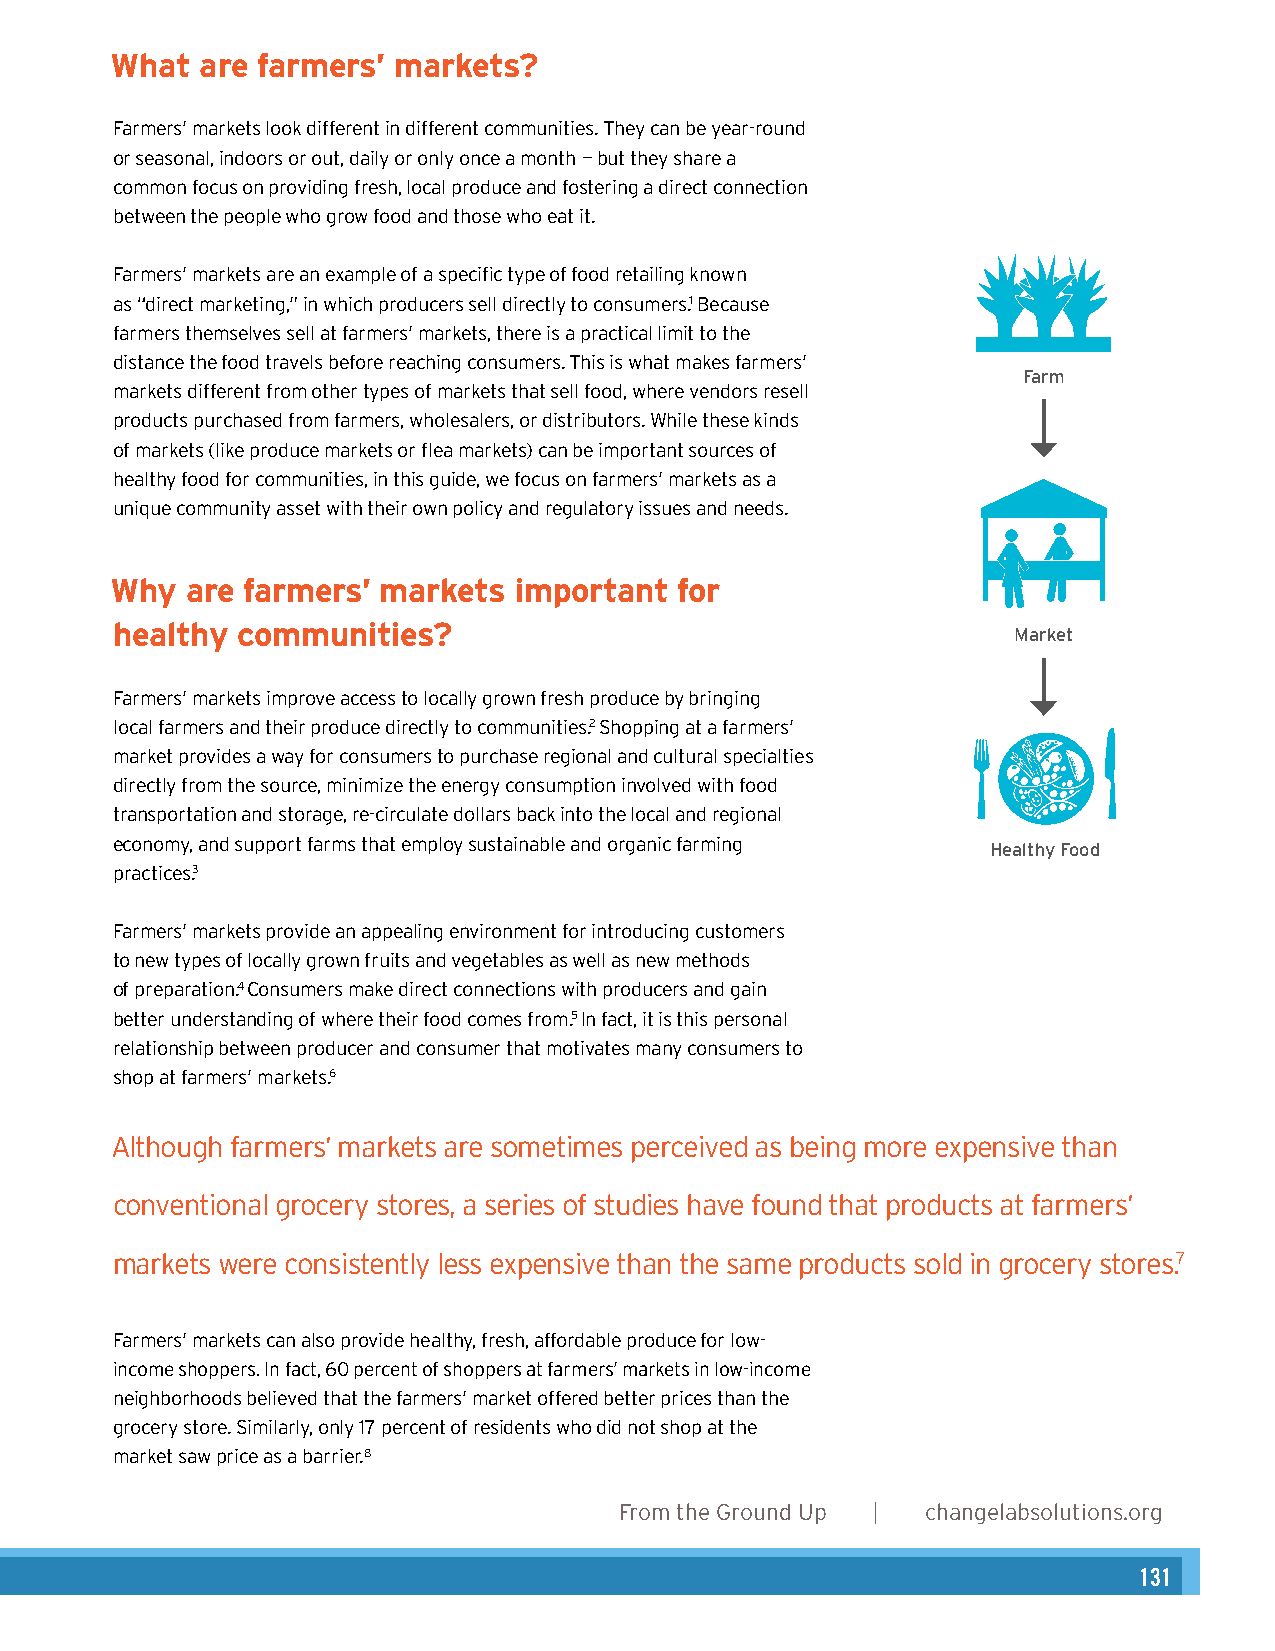
What  are farmers’ markets?
 Authors
 Farmers’ markets look different in different communities. They can be year-round Heather Wooten, MCP, Senior Planner & Program Director
 or seasonal, indoors or out, daily or only once a month – but they share a
 Amy Ackerman, JD, Consulting Attorney
 common focus on providing fresh, local produce and fostering a direct connection
 between the people who grow food and those who eat it.
 Acknowledgements
 Farmers’ markets are an example of a specific type of food retailing known
 Angela Hadwin, MCP, Healthy Planning Fellow
 as “direct marketing,” in which producers sell directly to consumers.1 Because
 farmers themselves sell at farmers’ markets, there is a practical limit to the
 distance the food travels before reaching consumers. This is what makes farmers’
 Graphic Design
 Farm
 markets different from other types of markets that sell food, where vendors resell
 Karen Parry | Black Graphics
 products purchased from farmers, wholesalers, or distributors. While these kinds
 of markets (like produce markets or flea markets) can be important sources of
 healthy food for communities, in this guide, we focus on farmers’ markets as a
 Photos
 unique community asset with their own policy and regulatory issues and needs.
 Karen Parry (pages 4, 18, and 26), Lydia Daniller (pages 6, 16, 23, 30, and 35), and
 Flickr Creative Commons: Anuj Biyani (page 10), muffet (page 12), John Loo (page 14),
 Why  are farmers’ markets  important  for
 and alexander.steed (page 15).
 healthy  communities?
 Market
 Farmers’ markets improve access to locally grown fresh produce by bringing
 local farmers and their produce directly to communities.2 Shopping at a farmers’
 market provides a way for consumers to purchase regional and cultural specialties
 directly from the source, minimize the energy consumption involved with food
 transportation and storage, re-circulate dollars back into the local and regional
 economy, and support farms that employ sustainable and organic farming Healthy Food
 practices.3
 Farmers’ markets provide an appealing environment for introducing customers
 to new types of locally grown fruits and vegetables as well as new methods
 of preparation.4 Consumers make direct connections with producers and gain
 better understanding of where their food comes from.5 In fact, it is this personal
 relationship between producer and consumer that motivates many consumers to
 shop at farmers’ markets.6
 Although farmers’ markets are sometimes perceived as being more expensive than
 conventional grocery stores, a series of studies have found that products at farmers’
 markets were consistently less expensive than the same products sold in grocery stores.7
 Farmers’ markets can also provide healthy, fresh, affordable produce for low-
 income shoppers. In fact, 60 percent of shoppers at farmers’ markets in low-income
 neighborhoods believed that the farmers’ market offered better prices than the
 grocery store. Similarly, only 17 percent of residents who did not shop at the
 market saw price as a barrier.8
 2      From the Ground Up | changelabsolutions.org
 changelabsolutions.org | From the Ground Up 7
 131